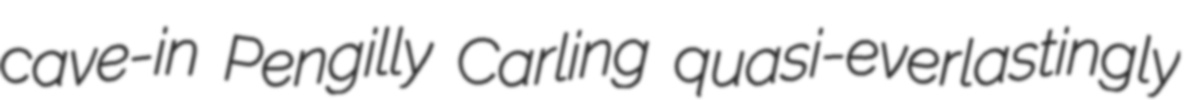
cave-in Pengilly Carling quasi-everlastingly